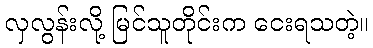
လှလွန်းလို့ မြင်သူတိုင်းက ငေးရသတဲ့။